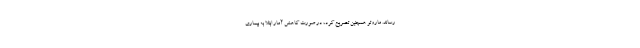
رساند. ماروتو همچنین تصریح کرد، در صورت کاهش آمار ابتلا به بیماری